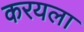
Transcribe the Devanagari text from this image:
करयला